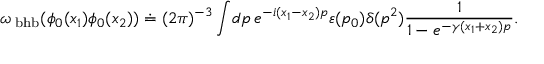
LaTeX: \omega _ { \mathrm { \tiny ~ b h b } } ( \phi _ { 0 } ( x _ { 1 } ) \phi _ { 0 } ( x _ { 2 } ) ) \doteq ( 2 \pi ) ^ { - 3 } \int \! d p \, e ^ { - i ( x _ { 1 } - x _ { 2 } ) p } \varepsilon ( p _ { 0 } ) \delta ( p ^ { 2 } ) \frac { 1 } { 1 - e ^ { - \gamma ( x _ { 1 } + x _ { 2 } ) p } } .